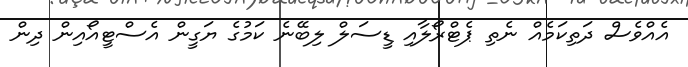
އެއްވެސް ދަތިކަމެއް ނެތި ޕެޓްރޯލާއި ޑީސަލް ލިބޭނެ ކަމުގެ ޔަގީން އެސްޓީއޯއިން ދިން